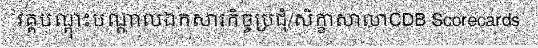
វគ្គបណ្តុះបណ្តាលឯកសារកិច្ចប្រជុំ/សិក្ខាសាលាCDB Scorecards